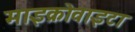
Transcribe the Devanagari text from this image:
माइक्रोवाइटा